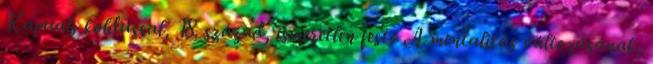
Kapualj koldussal, 18. század, ismeretlen festő A mentalitás változásának,